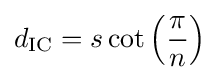
d_{\text{IC}}=s\cot \left({\frac {\pi }{n}}\right)